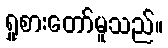
ရှုစားတော်မူသည်။